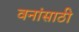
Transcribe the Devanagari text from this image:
वनांसाठी